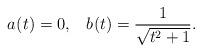
LaTeX: \begin{align*}a_{}(t)=0,\;\;\;b_{}(t)=\frac{1}{\sqrt{t^{2}+1}}.\\\end{align*}